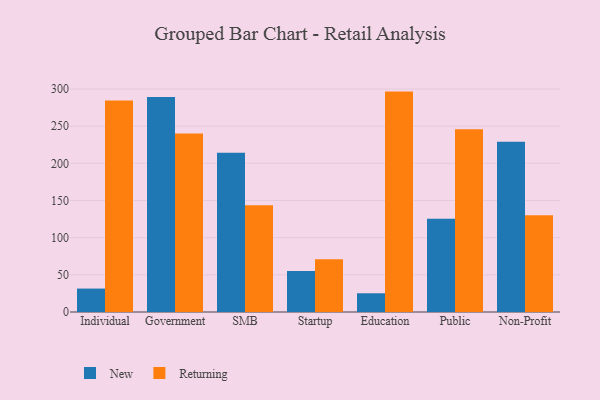
{"axis": {"x": "Segment", "y": "Gross Profit (USD K)"}, "legend": ["New", "Returning"], "data": [{"x": "Individual", "y": 31.5, "type": "New"}, {"x": "Individual", "y": 284.6, "type": "Returning"}, {"x": "Government", "y": 289.2, "type": "New"}, {"x": "Government", "y": 240.0, "type": "Returning"}, {"x": "SMB", "y": 214.3, "type": "New"}, {"x": "SMB", "y": 143.7, "type": "Returning"}, {"x": "Startup", "y": 55.3, "type": "New"}, {"x": "Startup", "y": 70.8, "type": "Returning"}, {"x": "Education", "y": 25.2, "type": "New"}, {"x": "Education", "y": 296.5, "type": "Returning"}, {"x": "Public", "y": 125.4, "type": "New"}, {"x": "Public", "y": 245.8, "type": "Returning"}, {"x": "Non-Profit", "y": 229.1, "type": "New"}, {"x": "Non-Profit", "y": 130.1, "type": "Returning"}]}